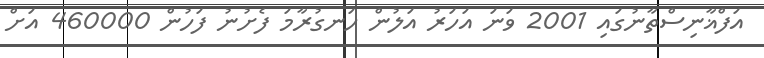
އަފްޣާނިސްތާނުގައި 2001 ވަނަ އަހަރު އަލުން ހަނގުރާމަ ފެށުނު ފަހުން 460000 އަށް